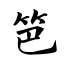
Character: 笆